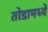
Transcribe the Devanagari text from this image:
तोडामध्ये